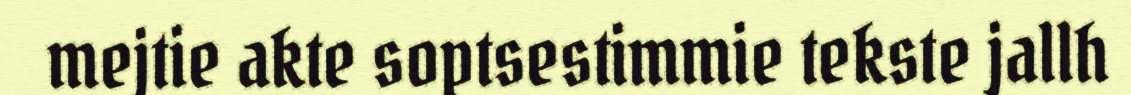
mejtie akte soptsestimmie tekste jallh